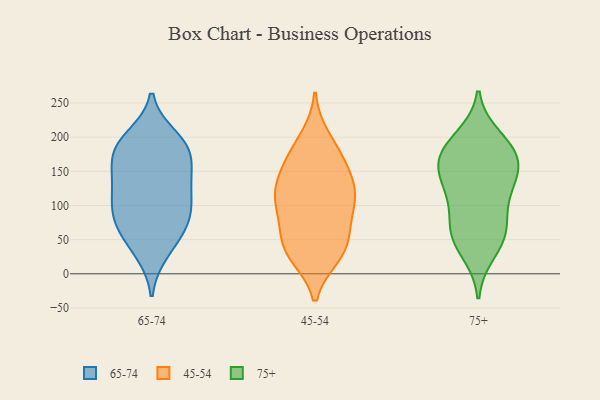
{"axis": {"x": "Website Visitors", "y": "Value"}, "legend": ["45-54", "65-74", "75+"], "data": [{"x": "", "y": 200, "type": "65-74"}, {"x": "", "y": 92, "type": "65-74"}, {"x": "", "y": 185, "type": "65-74"}, {"x": "", "y": 85, "type": "65-74"}, {"x": "", "y": 175, "type": "65-74"}, {"x": "", "y": 71, "type": "65-74"}, {"x": "", "y": 119, "type": "65-74"}, {"x": "", "y": 69, "type": "65-74"}, {"x": "", "y": 152, "type": "65-74"}, {"x": "", "y": 102, "type": "65-74"}, {"x": "", "y": 190, "type": "65-74"}, {"x": "", "y": 172, "type": "65-74"}, {"x": "", "y": 38, "type": "65-74"}, {"x": "", "y": 31, "type": "65-74"}, {"x": "", "y": 71, "type": "65-74"}, {"x": "", "y": 192, "type": "65-74"}, {"x": "", "y": 145, "type": "65-74"}, {"x": "", "y": 124, "type": "65-74"}, {"x": "", "y": 131, "type": "65-74"}, {"x": "", "y": 119, "type": "45-54"}, {"x": "", "y": 28, "type": "45-54"}, {"x": "", "y": 185, "type": "45-54"}, {"x": "", "y": 62, "type": "45-54"}, {"x": "", "y": 167, "type": "45-54"}, {"x": "", "y": 53, "type": "45-54"}, {"x": "", "y": 112, "type": "45-54"}, {"x": "", "y": 88, "type": "45-54"}, {"x": "", "y": 105, "type": "45-54"}, {"x": "", "y": 73, "type": "45-54"}, {"x": "", "y": 26, "type": "45-54"}, {"x": "", "y": 29, "type": "45-54"}, {"x": "", "y": 153, "type": "45-54"}, {"x": "", "y": 162, "type": "45-54"}, {"x": "", "y": 200, "type": "45-54"}, {"x": "", "y": 35, "type": "45-54"}, {"x": "", "y": 125, "type": "45-54"}, {"x": "", "y": 132, "type": "45-54"}, {"x": "", "y": 111, "type": "45-54"}, {"x": "", "y": 58, "type": "75+"}, {"x": "", "y": 199, "type": "75+"}, {"x": "", "y": 158, "type": "75+"}, {"x": "", "y": 59, "type": "75+"}, {"x": "", "y": 174, "type": "75+"}, {"x": "", "y": 138, "type": "75+"}, {"x": "", "y": 141, "type": "75+"}, {"x": "", "y": 79, "type": "75+"}, {"x": "", "y": 186, "type": "75+"}, {"x": "", "y": 56, "type": "75+"}, {"x": "", "y": 32, "type": "75+"}, {"x": "", "y": 166, "type": "75+"}, {"x": "", "y": 116, "type": "75+"}, {"x": "", "y": 116, "type": "75+"}, {"x": "", "y": 179, "type": "75+"}]}